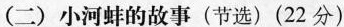
(二) 小河蚌的故事 (节选) (22分)